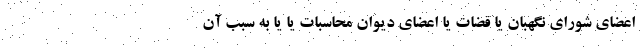
اعضای شورای نگهبان یا قضات یا اعضای دیوان محاسبات یا یا به سبب آن